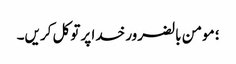
؛ مومن بالضرور خدا پر توکل کریں۔